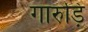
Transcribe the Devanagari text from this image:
गारुड़ि